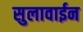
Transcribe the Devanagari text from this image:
सुलावाईन